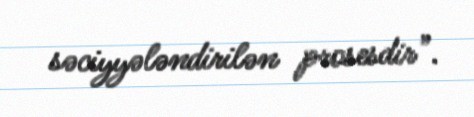
səciyyələndirilən prosesdir”.